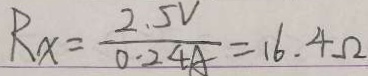
R _ { x } = \frac { 2 . 5 V } { 0 . 2 4 A } = 1 6 . 4 \Omega